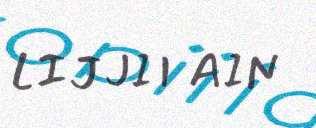
LIJJII AIN